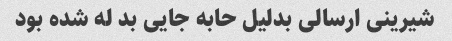
شیرینی ارسالی بدلیل حابه جایی بد له شده بود